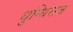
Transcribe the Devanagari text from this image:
धुन्धिराज